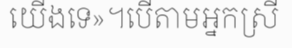
យើងទេ»។បើតាមអ្នកស្រី